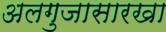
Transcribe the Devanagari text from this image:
अलगुजासारखा